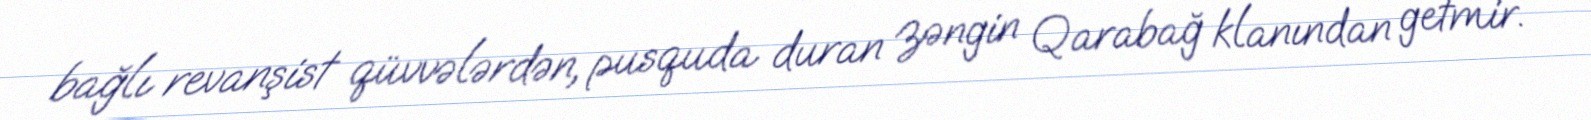
bağlı revanşist qüvvələrdən, pusquda duran zəngin Qarabağ klanından getmir.